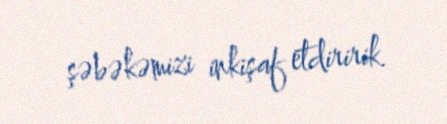
şəbəkəmizi inkişaf etdiririk.